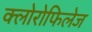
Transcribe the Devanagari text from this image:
क्लोरोफिलेज